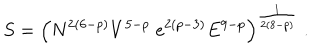
S = \left( N ^ { 2 ( 6 - p ) } V ^ { 5 - p } \; e ^ { 2 ( p - 3 ) } E ^ { 9 - p } \right) ^ { \frac { 1 } { 2 ( 8 - p ) } } \; .